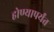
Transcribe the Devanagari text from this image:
होण्यापर्यंत